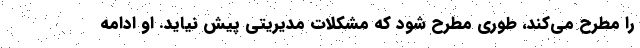
را مطرح می‌کند، طوری مطرح شود که مشکلات مدیریتی پیش نیاید. او ادامه